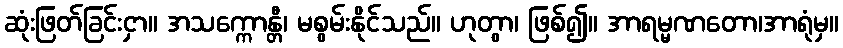
ဆုံးဖြတ်ခြင်းငှာ။ အသက္ကောန္တီ၊ မစွမ်းနိုင်သည်။ ဟုတွာ၊ ဖြစ်၍။ အာရမ္မဏတော၊အာရုံမှ။